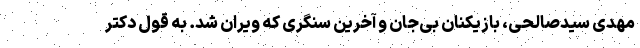
مهدی سیدصالحی، بازیکنان بی‌جان و آخرین سنگری که ویران شد. به قول دکتر